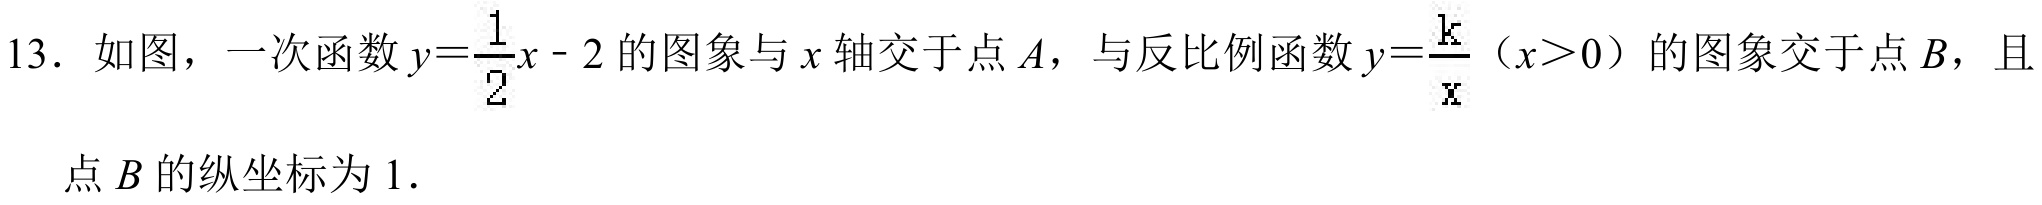
13. 如图，一次函数\(y = \frac{1}{2}x - 2\)的图象与\(x\)轴交于点\(A\)，与反比例函数\(y = \frac{k}{x}\)（\(x>0\)）的图象交于点\(B\)，且
点\(B\)的纵坐标为\(1\).